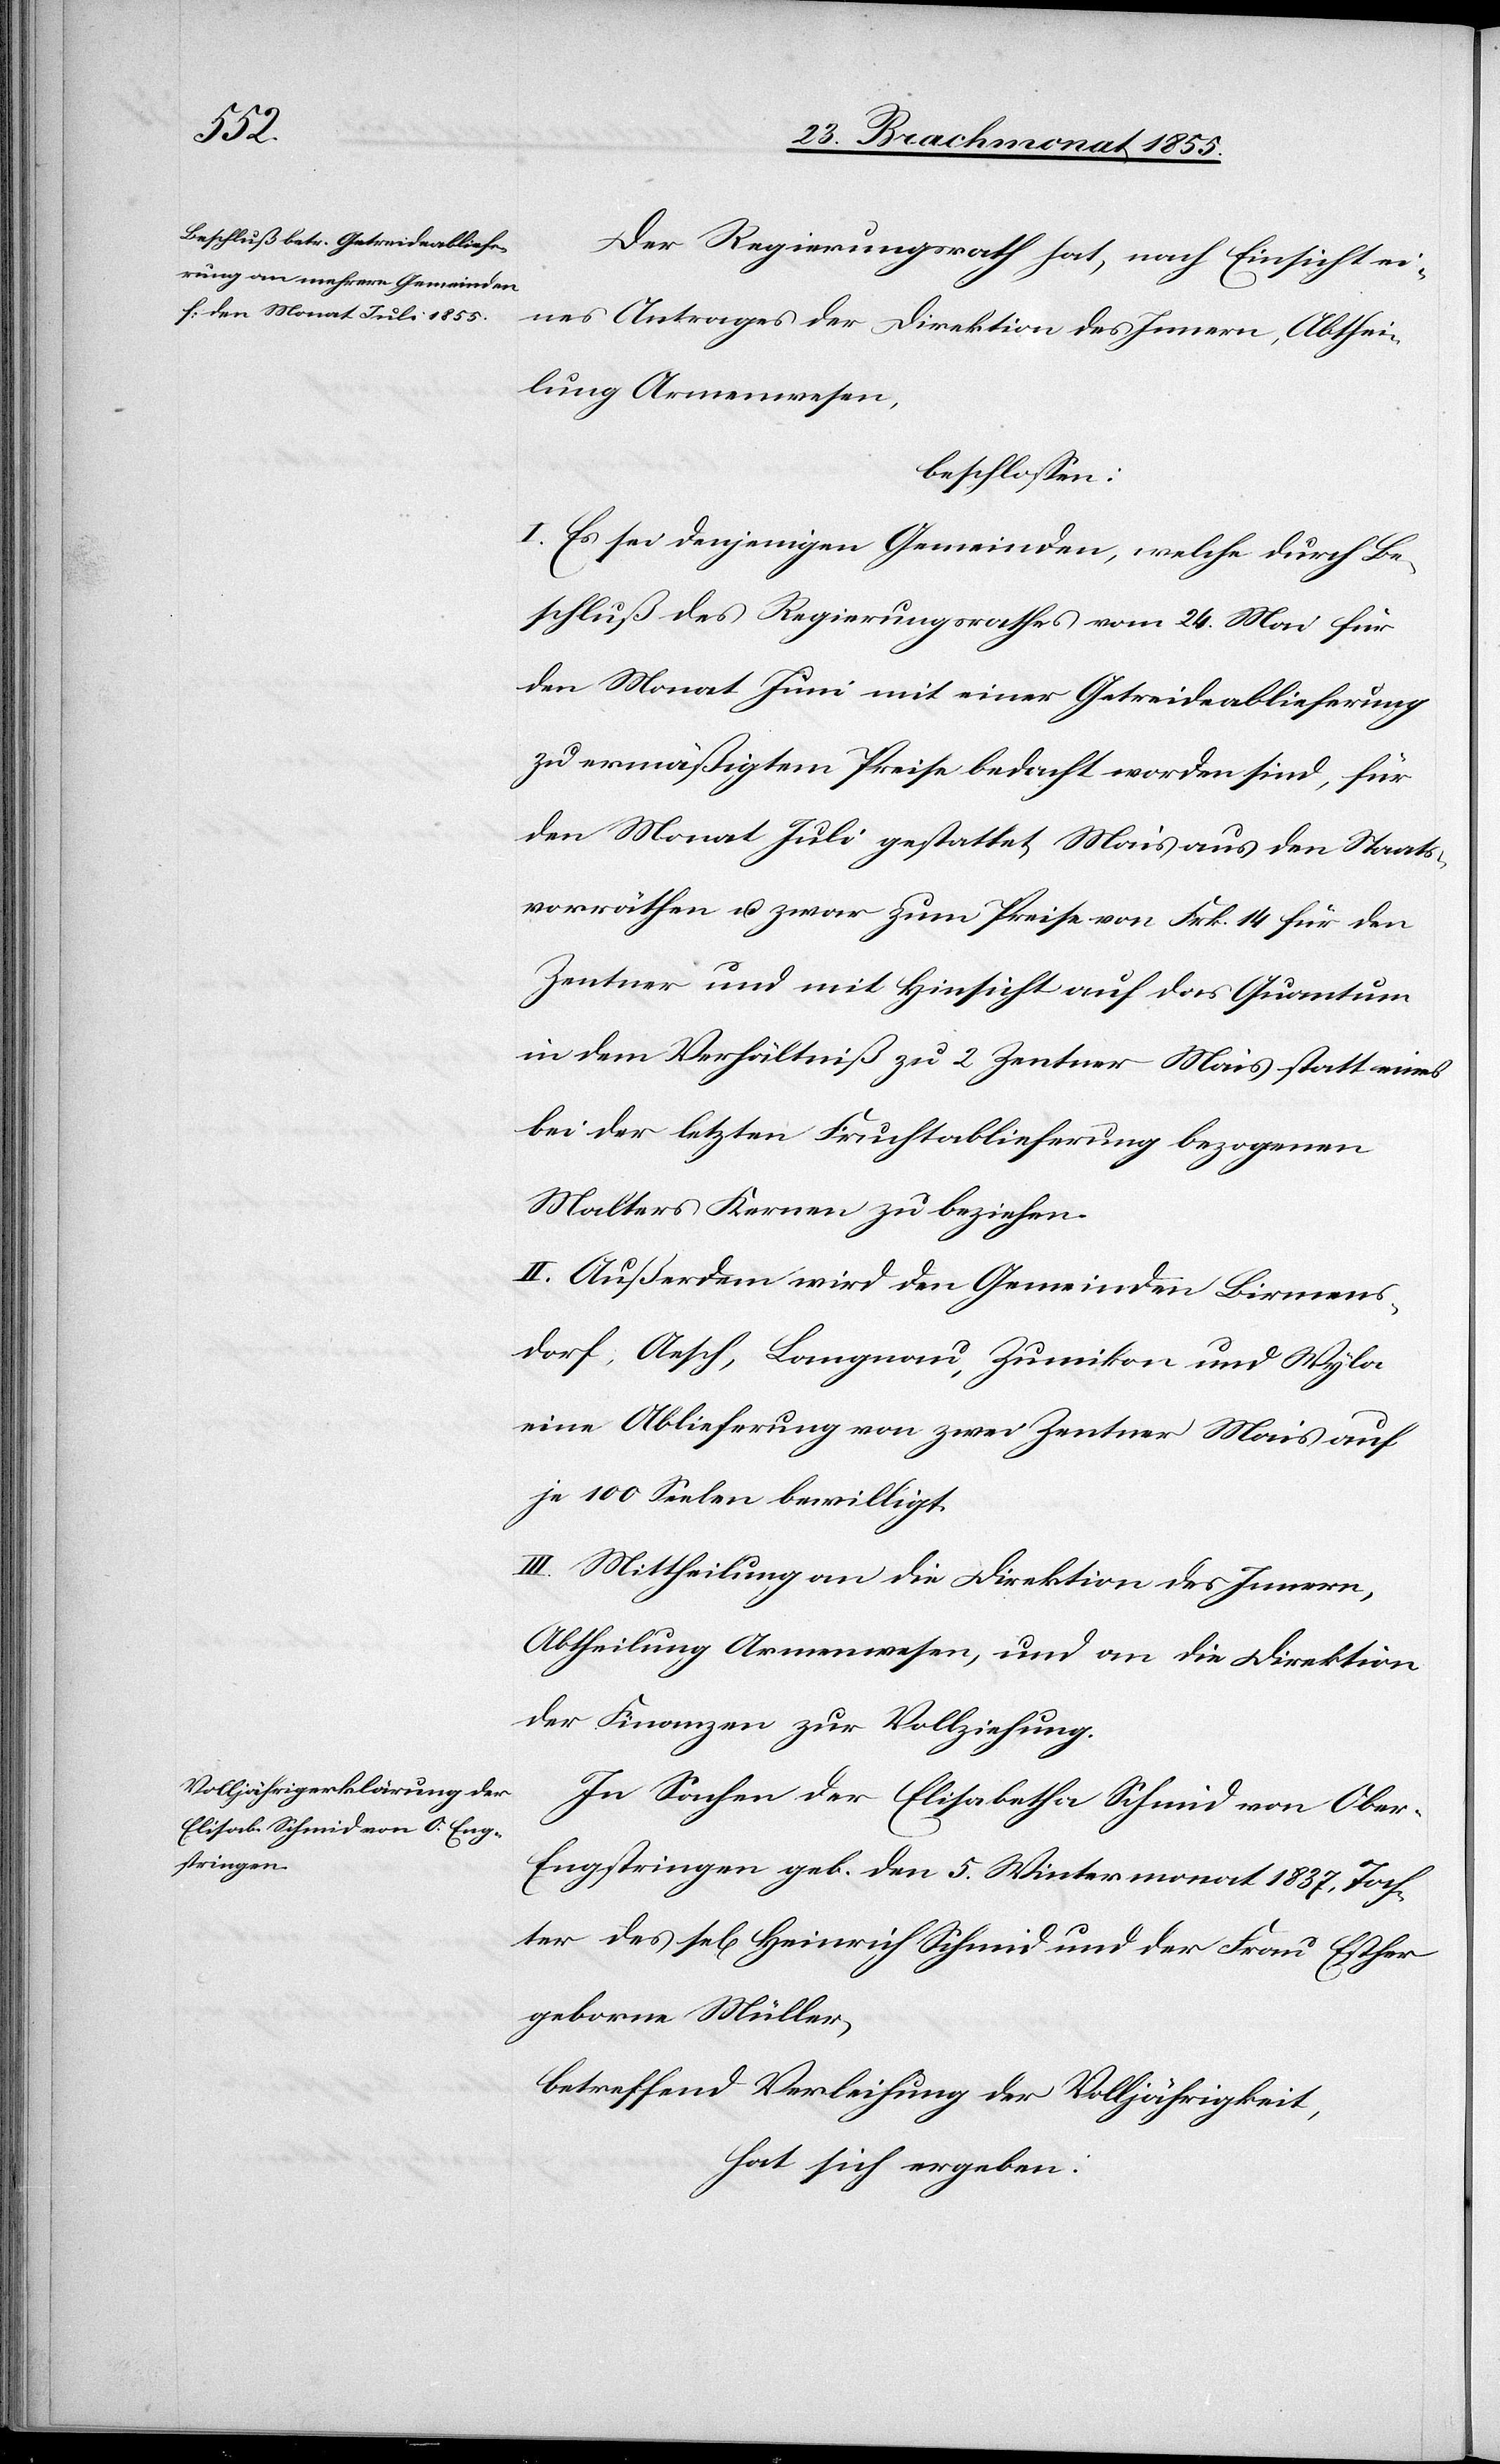
Der Regierungsrath hat, nach Einsicht ei¬
nes Antrages der Direktion des Innern, Abthei¬
lung Armenwesen,
beschlossen:
I. Es sei denjenigen Gemeinden, welche durch Be¬
schluß des Regierungsrathes vom 24. Mai für
den Monat Juni mit einer Getreideablieferung
zu ermäßigtem Preise bedacht worden sind, für
den Monat Juli gestattet, Mais aus den Staats¬
vorräthen u. zwar zum Preise von Frk. 14 für den
Zentner und mit Hinsicht auf das Quantum
in dem Verhältniß zu 2 Zentner Mais statt eines
bei der letzten Fruchtablieferung bezogenen
Malters Kernen zu beziehen.
II. Außerdem wird den Gemeinden Birmens¬
dorf, Aesch, Langnau, Zumikon und Wyla
eine Ablieferung von zwei Zentner Mais auf
je 100 Seelen bewilligt.
III. Mittheilung an die Direktion des Innern,
Abtheilung Armenwesen, und an die Direktion
der Finanzen zur Vollziehung.
In Sachen der Elisabetha Schmid von Obe¬
r-Engstringen geb. den 5. Wintermonat 1837, Toch¬
ter des sel[igen] Heinrich Schmid und der Frau Esther
geborne Müller,
betreffend Verleihung der Volljährigkeit,
hat sich ergeben: